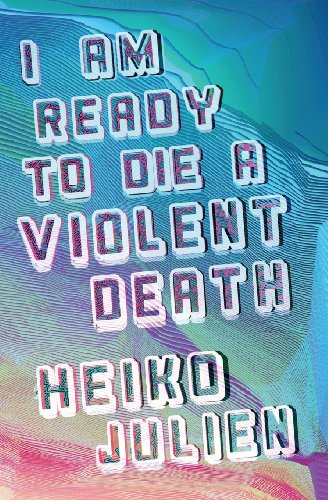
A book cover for I Am Ready to Die a Violent Death; Heiko Julien; Literature & Fiction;